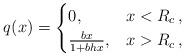
LaTeX: \begin{align*}q(x) = \begin{cases}0, & x < R_c \,, \\\frac{b x}{1 + b h x}, & x > R_c \,,\end{cases}\end{align*}